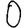
Digit: 0